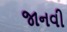
જાનવી